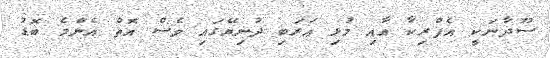
ސޫދާނަކީ އެފްރިކާ އާއި މުޅި ޢަރަބި ދުނިޔޭގައި ވެސް އޮތް އެންމެ ބޮޑު